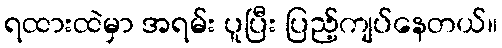
ရထားထဲမှာ အရမ်း ပူပြီး ပြည့်ကျပ်နေတယ်။